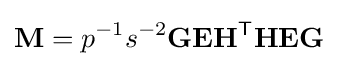
\mathbf {M} =p^{-1}s^{-2}\mathbf {G} \mathbf {E} \mathbf {H} ^{\mathsf {T}}\mathbf {H} \mathbf {E} \mathbf {G}